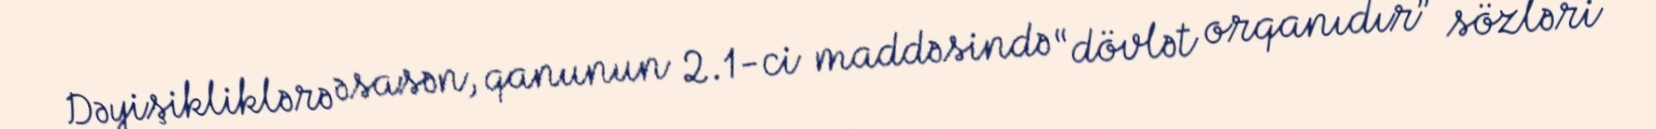
Dəyişikliklərə əsasən, qanunun 2.1-ci maddəsində “dövlət orqanıdır” sözləri